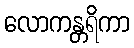
လောကန္တရိကာ